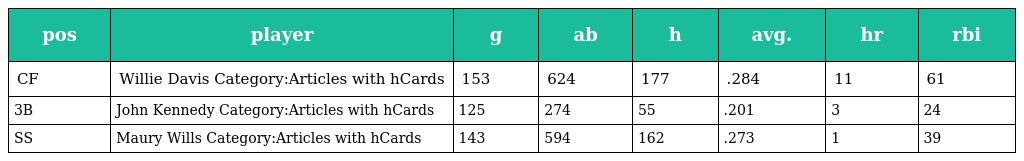
| pos | player | g | ab | h | avg. | hr | rbi |
 | --- | --- | --- | --- | --- | --- | --- | --- |
 | CF | Willie Davis Category:Articles with hCards | 153 | 624 | 177 | .284 | 11 | 61 |
 | 3B | John Kennedy Category:Articles with hCards | 125 | 274 | 55 | .201 | 3 | 24 |
 | SS | Maury Wills Category:Articles with hCards | 143 | 594 | 162 | .273 | 1 | 39 |